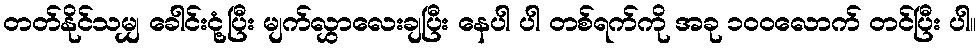
တတ်နိုင်သမျှ ခေါင်းငုံ့ပြီး မျက်လွှာလေးချပြီး နေပါ ပါ တစ်ရက်ကို အခု ၁၀၀လောက် တင်ပြီး ပါ။